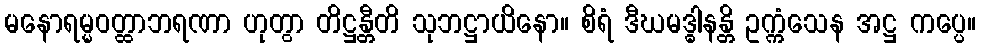
မနောရမ္မဝတ္ထာဘရဏာ ဟုတွာ တိဋ္ဌန္တီတိ သုဘဋ္ဌာယိနော။ စိရံ ဒီဃမဒ္ဓါနန္တိ ဥက္ကံသေန အဋ္ဌ ကပ္ပေ။